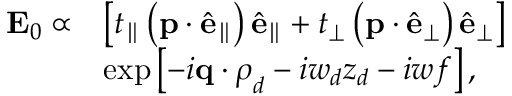
\begin{array} { r l } { \mathbf { E } _ { 0 } \propto } & { \left[ t _ { \parallel } \left( \mathbf { p } \cdot \hat { \mathbf { e } } _ { \parallel } \right) \hat { \mathbf { e } } _ { \parallel } + t _ { \perp } \left( \mathbf { p } \cdot \hat { \mathbf { e } } _ { \perp } \right) \hat { \mathbf { e } } _ { \perp } \right] } \\ & { \exp \left[ - i \mathbf { q } \cdot \boldsymbol { \rho } _ { d } - i w _ { d } z _ { d } - i w f \right] , } \end{array}